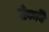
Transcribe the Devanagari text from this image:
ऐम्बो